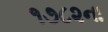
૧૭૮૨ના